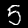
Label: 5